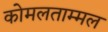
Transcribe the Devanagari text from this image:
कोमलताम्मल